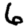
Digit: 6